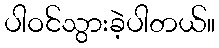
ပါဝင်သွားခဲ့ပါတယ်။